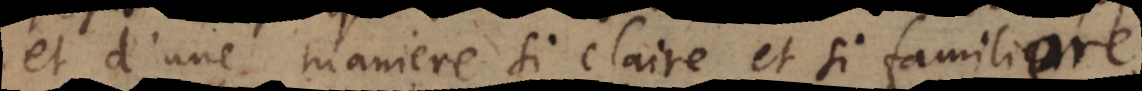
et d’une maniere si claire et si familiere